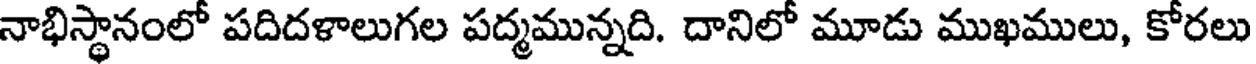
నాభిస్థానంలో పదిదళాలుగల పద్మమున్నది. దానిలో మూడు ముఖములు, కోరలు